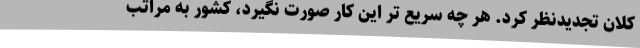
کلان تجدیدنظر کرد. هر چه سریع تر این کار صورت نگیرد، کشور به مراتب